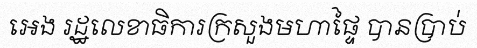
អេង រដ្ឋលេខាធិការក្រសួងមហាផ្ទៃ បានប្រាប់